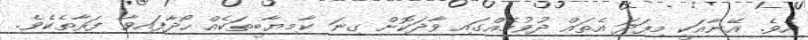
އެވެ. އޭނާއަކީ މިފަދަ އެތައް ދުވުމެއްގައި ވާދަކޮށް ގިނަ ކާމިޔާބީތަކެއް ހޯދާފައިވާ ފަރާތެކެވެ.